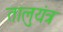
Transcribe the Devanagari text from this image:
तालुयंत्र